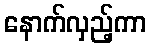
နောက်လှည့်ကာ